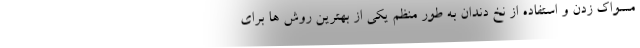
مسواک زدن و استفاده از نخ دندان به طور منظم یکی از بهترین روش ها برای